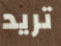
تريد